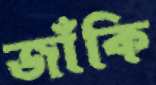
জাঁকি